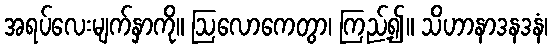
အရပ်လေးမျက်နှာကို။ ဩလောကေတွာ၊ ကြည့်၍။ သိဟာနာဒနဒနံ၊